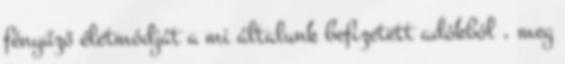
fényűző életmódját a mi általunk befizetett adókból , meg